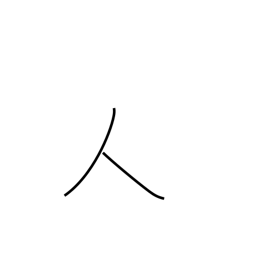
Meaning: person